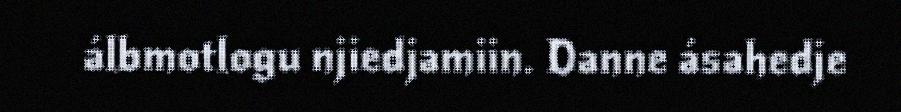
álbmotlogu njiedjamiin. Danne ásahedje